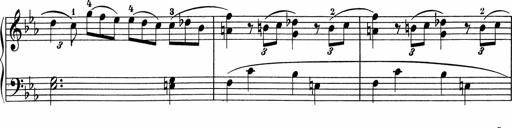
Title: 5 Sonatinen fÃ¼r die Jugend
Composer: Carl Reinecke